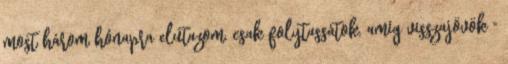
most három hónapra elutazom, csak folytassátok, amíg visszajövök "